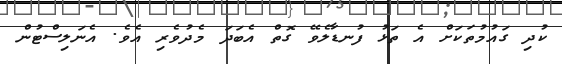
ކުދި ގައުމުތަކަށް އެ ތަޅު ފުނޑާލެވޭ ގޮތް އެބަދަ މެދުވެރި އެވެ. އެނަލިސްޓުން